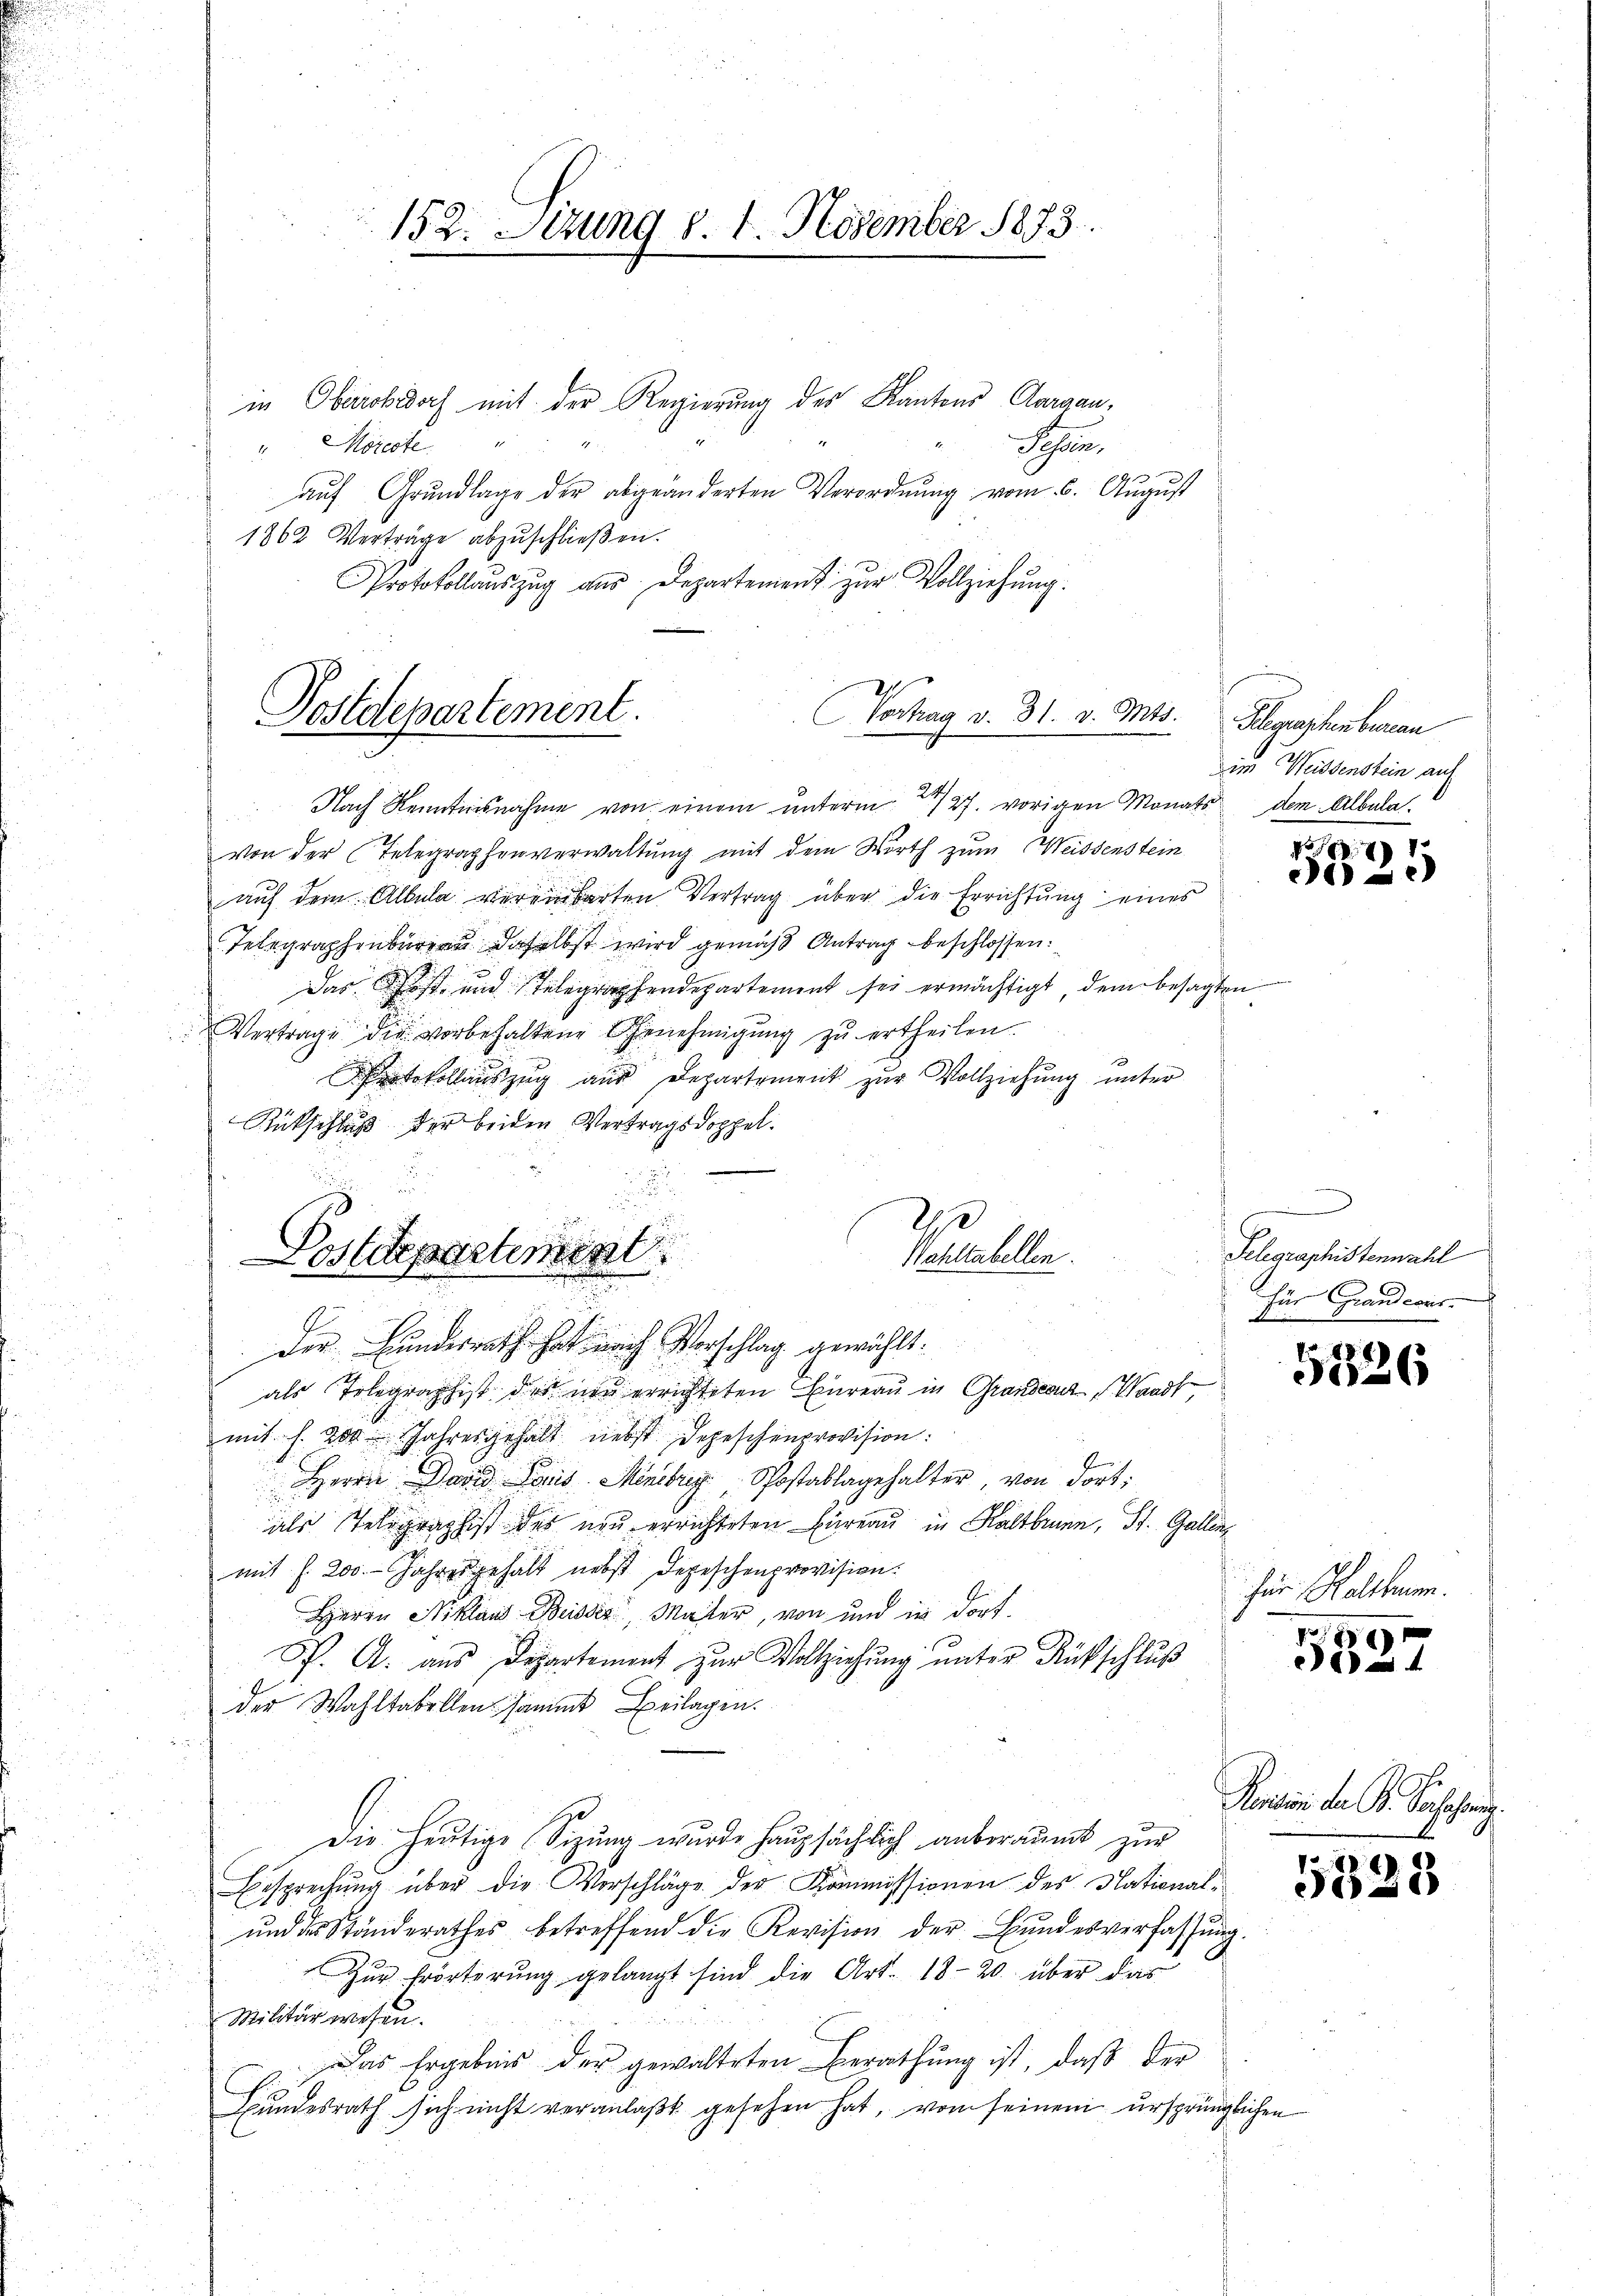
152. Sizung d. 1. November 1873.

in Oberobedoch mit der Regierung des Kantons Aargau,
Schlein
". Moreste
auf Grundlage der abgeänderten Verordnung vom 6. August
1862 Verträge abzŭschlieβen.
Protokollauszug aus Departement zur Vollziehung.
Nach Kenntnisnahme von einem unterm 27. vorigen Monats dem Albulavon der Telegraphenverwaltung mit dem Wirth zum Weissenstein
auf dem Albula vereinbarten Vertrag über die Errichtung eines
Telegraphenbüreau daselbst wird gemäß Antrag beschlossen:
Das host- und Telegraphendepartement sei ermächtigt, dem besagten
Vertrage die vorbehaltene Genehmigŭng zŭ ertheilen.
tokollauszug aus Departement zur Vollziehung unter
Rückschluß der beiden Vertragsdoppel.
Puellen.
als Telegraphist des neu errichteten Bureau in Grandcouz, Waadt,
mit s. 200 Jahresgehalt nebst Depeschenprovision:
Herrn David Paris Menebrig Postablagehalter, von dort:
als Seligraphist des neu errichteten Büreau in Kaltbrunn, St. Gallen,
u
mit f. 200. Jahrer gehalt nebst Depeschenprovision.
Herrn Nikland Beider Mater, von und in dorf.
P. A. aus Departement zur Vollziehŭng ŭnter Rückschluß
der Wahltabellen sammt Beilagen.
u
Die heutige Sitzung wurde haupsächlich anberaumt zur
Besprechung über die Vorschläge der Kommissionen des National-
ŭnd des Ständerathes betreffend die Revision der Bŭndesverfassŭng.
Zŭr Erörterŭng gelangt sind die Art. 18-20 über das
Militärwesen.
Das Ergebnis der gewalteten Berathung ist, daß der
Hundesrath sich nicht veranlaßt gesehen hat, von seinem ursprüngliche

Postdepartement.

Postetepartement
Dir Bundesrath hat nach Vorschlag gewählt:

Vortrag v. 31. v. Mts. Klegraphenbergan

im Weidenstein auf

4)
e) e

Gelegraphistennachl
für Grandcous

5326

für Holthum.

4

Punition der B. Bachahmung

5328

4